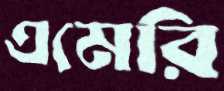
এমেরি